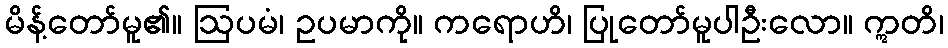
မိန့်တော်မူ၏။ ဩပမံ၊ ဥပမာကို။ ကရောဟိ၊ ပြုတော်မူပါဦးလော။ ဣတိ၊